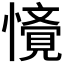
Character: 𭟁